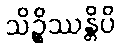
သိဉ္စိဿန္တိပိ